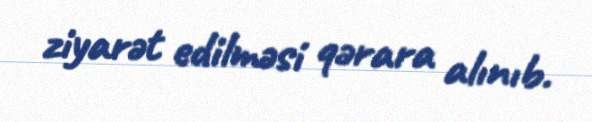
ziyarət edilməsi qərara alınıb.